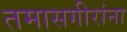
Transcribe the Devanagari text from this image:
तमासगीरांना